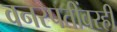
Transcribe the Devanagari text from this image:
वनस्पतींवरही